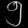
Digit: ၅